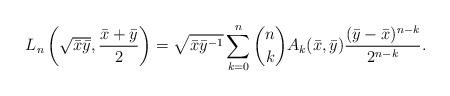
LaTeX: \begin{align*}L_n\left(\sqrt{\bar{x}\bar{y}},\frac{\bar{x}+\bar{y}}{2}\right)=\sqrt{\bar{x}\bar{y}^{-1}}\sum_{k=0}^n {n \choose k} A_k(\bar{x},\bar{y})\frac{(\bar{y}-\bar{x})^{n-k}}{2^{n-k}}.\end{align*}